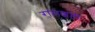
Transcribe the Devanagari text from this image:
रामशहा